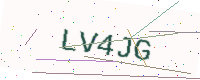
Text: LV4JG